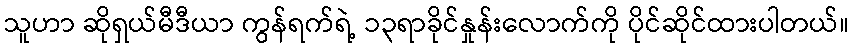
သူဟာ ဆိုရှယ်မီဒီယာ ကွန်ရက်ရဲ့ ၁၃ရာခိုင်နှုန်းလောက်ကို ပိုင်ဆိုင်ထားပါတယ်။